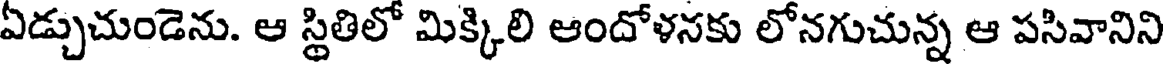
ఏడ్చుచుండెను. ఆ స్థితిలో మిక్కిలి ఆందోళనకు లోనగుచున్న ఆ పసివానిని